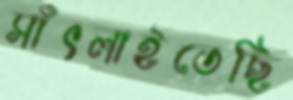
সাঁৎলাইতেছি